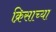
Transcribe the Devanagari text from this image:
क्रिसाच्या